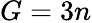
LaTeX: G=3n